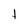
Character: t